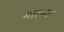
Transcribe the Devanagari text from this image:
मात्म्य